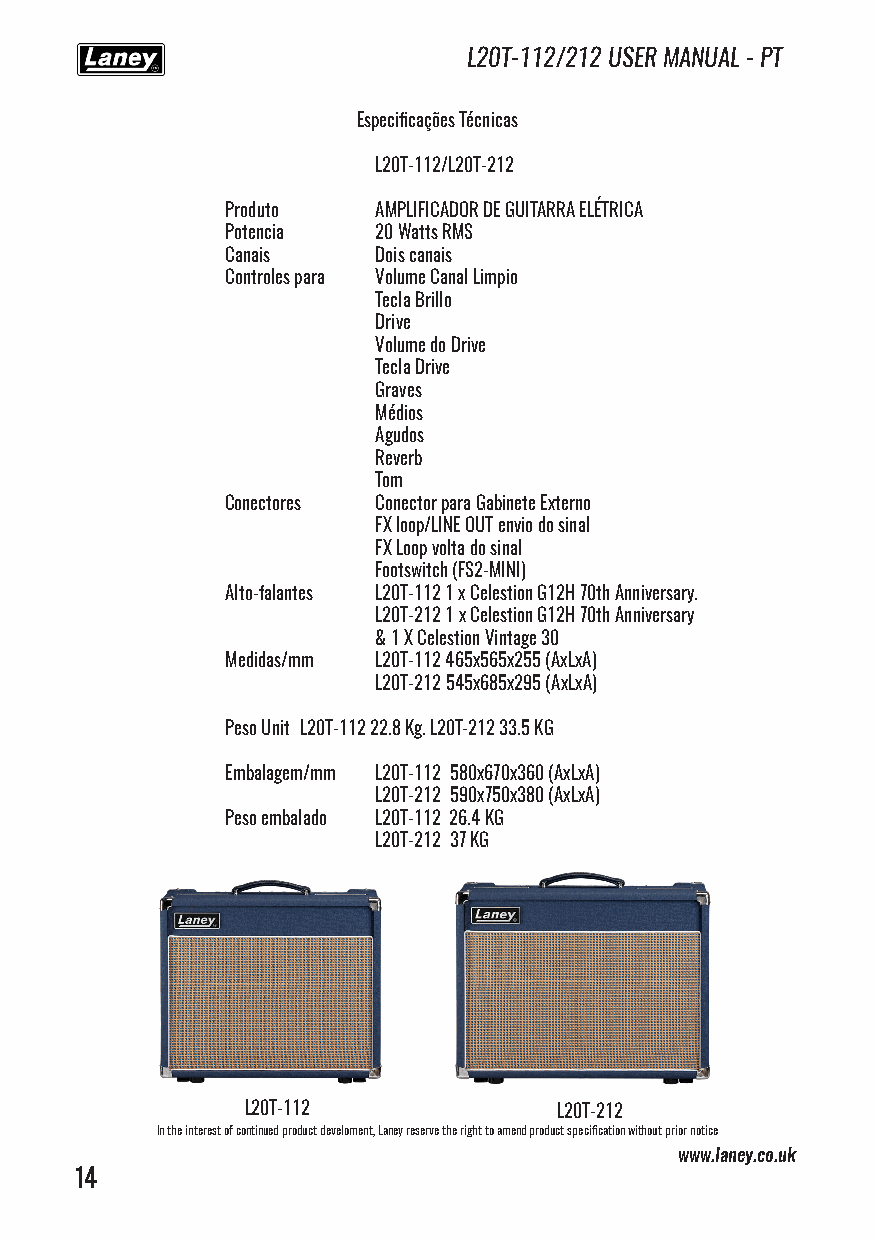
L20T-112/212 USER MANUAL - PT
 Especificações Técnicas
 L20T-112/L20T-212
 Produto   AMPLIFICADOR DE GUITARRA ELÉTRICA
 Potencia  20 Watts RMS
 Canais    Dois canais
 Controles para Volume Canal Limpio
 Tecla Brillo
 Drive
 Volume do Drive
 Tecla Drive
 Graves
 Médios
 Agudos
 Reverb
 Tom
 Conectores Conector para Gabinete Externo
 FX loop/LINE OUT envio do sinal
 FX Loop volta do sinal
 Footswitch (FS2-MINI)
 Alto-falantes L20T-112 1 x Celestion G12H 70th Anniversary.
 L20T-212 1 x Celestion G12H 70th Anniversary
 & 1 X Celestion Vintage 30
 Medidas/mm L20T-112 465x565x255 (AxLxA)
 L20T-212 545x685x295 (AxLxA)
 Peso Unit L20T-112 22.8 Kg. L20T-212 33.5 KG
 Embalagem/mm L20T-112 580x670x360 (AxLxA)
 L20T-212 590x750x380 (AxLxA)
 Peso embalado L20T-112 26.4 KG
 L20T-212 37 KG
 L20T-112             L20T-212
 In the interest of continued product develoment, Laney reserve the right to amend product specification without prior notice
 www.laney.co.uk
 14